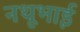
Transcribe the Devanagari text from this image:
नथूभाई